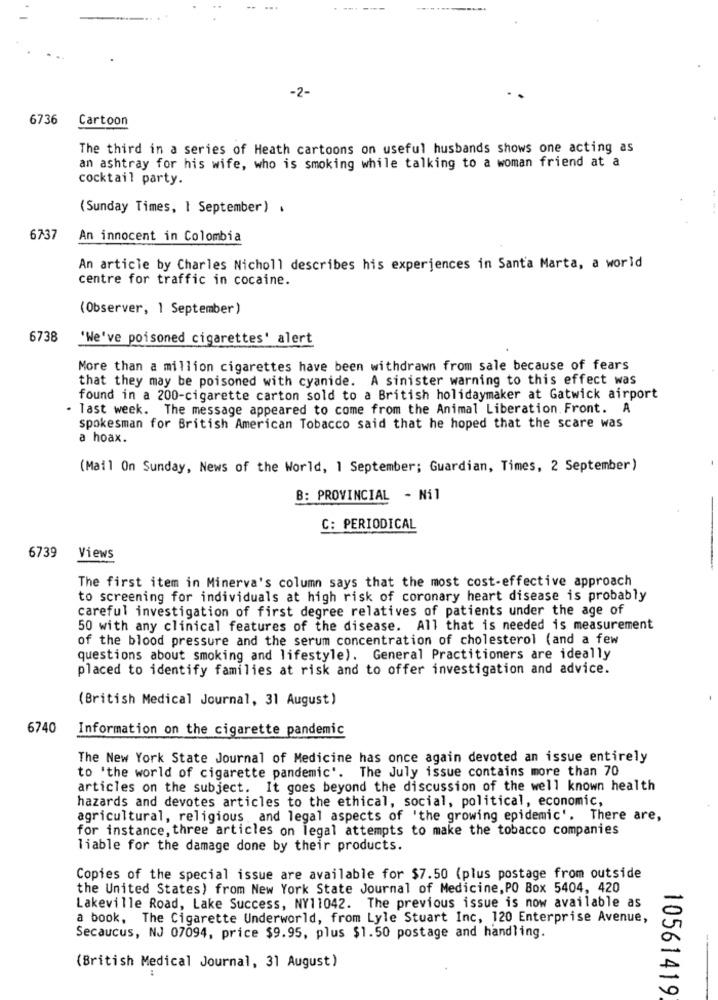
-2-
6736
Cartoon
The third in a series of Heath cartoons on useful husbands shows one acting as
an ashtray for his wife, who is smoking while talking to a woman friend at a
cocktail party.
(Sunday Times, I September) .
6737
An innocent in Colombia
An article by Charles Nicholl describes his experiences in Santa Marta, a world
centre for traffic in cocaine.
(Observer, 1 September)
6738
'We've poisoned cigarettes' alert
More than a million cigarettes have been withdrawn from sale because of fears
that they may be poisoned with cyanide. A sinister warning to this effect was
found in a 200-cigarette carton sold to a British holidaymaker at Gatwick airport
. Tast week. The message appeared to come from the Animal Liberation Front. A
spokesman for British American Tobacco said that he hoped that the scare was
a hoax.
(Mail On Sunday, News of the World, 1 September; Guardian, Times, 2 September)
B: PROVINCIAL - Nil
C: PERIODICAL
6739
Views
The first item in Minerva's column says that the most cost-effective approach
to screening for individuals at high risk of coronary heart disease is probably
careful investigation of first degree relatives of patients under the age of
50 with any clinical features of the disease. All that is needed is measurement
of the blood pressure and the serum concentration of cholesterol (and a few
questions about smoking and lifestyle). General Practitioners are ideally
placed to identify families at risk and to offer investigation and advice.
(British Medical Journal, 31 August)
6740
Information on the cigarette pandemic
The New York State Journal of Medicine has once again devoted an issue entirely
to 'the world of cigarette pandemic'. The July issue contains more than 70
articles on the subject. It goes beyond the discussion of the well known health
hazards and devotes articles to the ethical, social, political, economic,
agricultural, religious,and legal aspects of 'the growing epidemic'. There are,
for instance, three articles on legal attempts to make the tobacco companies
liable for the damage done by their products.
Copies of the special issue are available for $7.50 (plus postage from outside
the United States) from New York State Journal of Medicine, PO Box 5404, 420
Lakeville Road, Lake Success, NY11042. The previous issue is now available as
a book, The Cigarette Underworld, from Lyle Stuart Inc, 120 Enterprise Avenue,
Secaucus, NJ 07094, price $9.95, plus $1.50 postage and handling.
--
(British Medical Journal, 31 August)
10561419